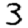
Digit: 3